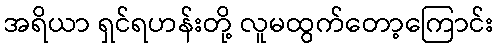
အရိယာ ရှင်ရဟန်းတို့ လူမထွက်တော့ကြောင်း